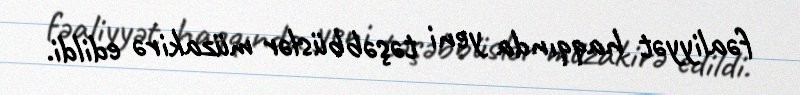
fəaliyyət haqqında yeni təşəbbüslər müzakirə edildi.